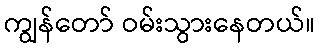
ကျွန်တော် ဝမ်းသွားနေတယ်။